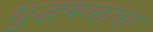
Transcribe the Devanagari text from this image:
युद्धबळाचा